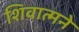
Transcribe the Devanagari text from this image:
शिवात्मने